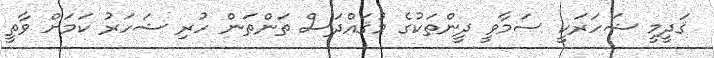
ޤަދީމީ ޝަހަރަކީ ސަމާވީ ދީންތަކުގެ މުޤައްދަސް ތަންތަން ހުރި ޝަހަރު ކަމަށް ވާތީ